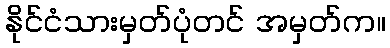
နိုင်ငံသားမှတ်ပုံတင် အမှတ်က။